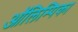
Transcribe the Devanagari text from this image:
ऑलिम्पिका